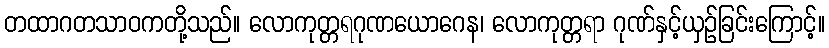
တထာဂတသာဝကတို့သည်။ လောကုတ္တရဂုဏယောဂေန၊ လောကုတ္တရာ ဂုဏ်နှင့်ယှဉ်ခြင်းကြောင့်။